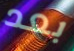
بعد